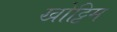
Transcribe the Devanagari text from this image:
खोट्टिम